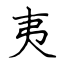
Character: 夷